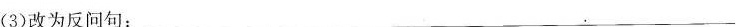
(3)改为反问句：___